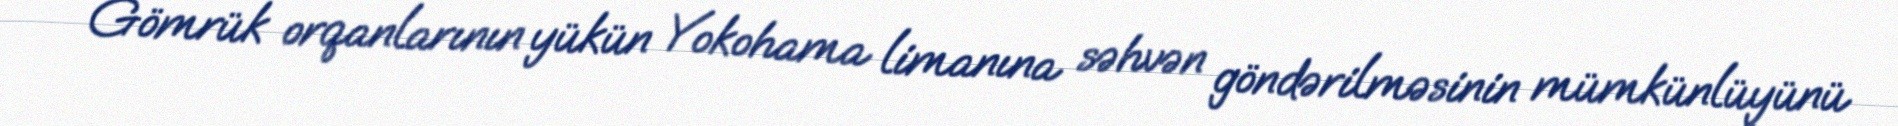
Gömrük orqanlarının yükün Yokohama limanına səhvən göndərilməsinin mümkünlüyünü